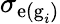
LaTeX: \sigma_{\textrm{e(g}_{i})}